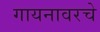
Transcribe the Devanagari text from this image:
गायनावरचे